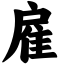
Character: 雇